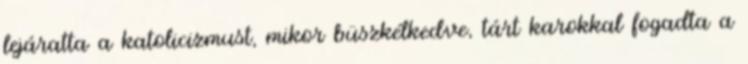
lejáratta a katolicizmust, mikor büszkélkedve, tárt karokkal fogadta a